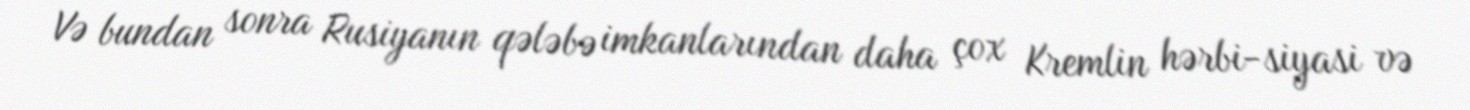
Və bundan sonra Rusiyanın qələbə imkanlarından daha çox Kremlin hərbi-siyasi və